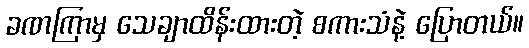
ခဏကြာမှ သေချာထိန်းထားတဲ့ စကားသံနဲ့ ပြောတယ်။